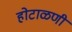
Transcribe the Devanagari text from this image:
होटाळणी